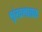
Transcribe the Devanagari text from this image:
श्रृंखलातक